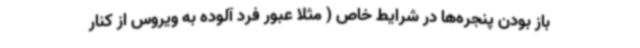
باز بودن پنجره‌ها در شرایط خاص ( مثلا عبور فرد آلوده به ویروس از کنار